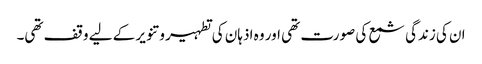
ان کی زندگی شمع کی صورت تھی اور وہ اذہان کی تطہیر و تنویر کے لیے وقف تھی۔